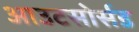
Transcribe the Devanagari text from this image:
आउटसोर्सड